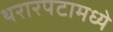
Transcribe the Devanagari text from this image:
थरारपटामध्ये